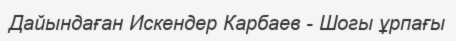
Дайындаған Искендер Карбаев - Шогы ұрпағы